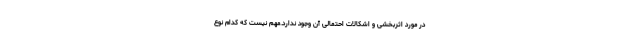
در مورد اثربخشی و اشکالات احتمالی آن وجود ندارد.مهم نیست که کدام نوع